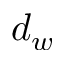
d _ { w }